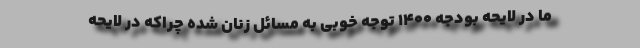
ما در لایحه‌ بودجه ۱۴۰۰ توجه خوبی به مسائل زنان شده چراکه در لایحه